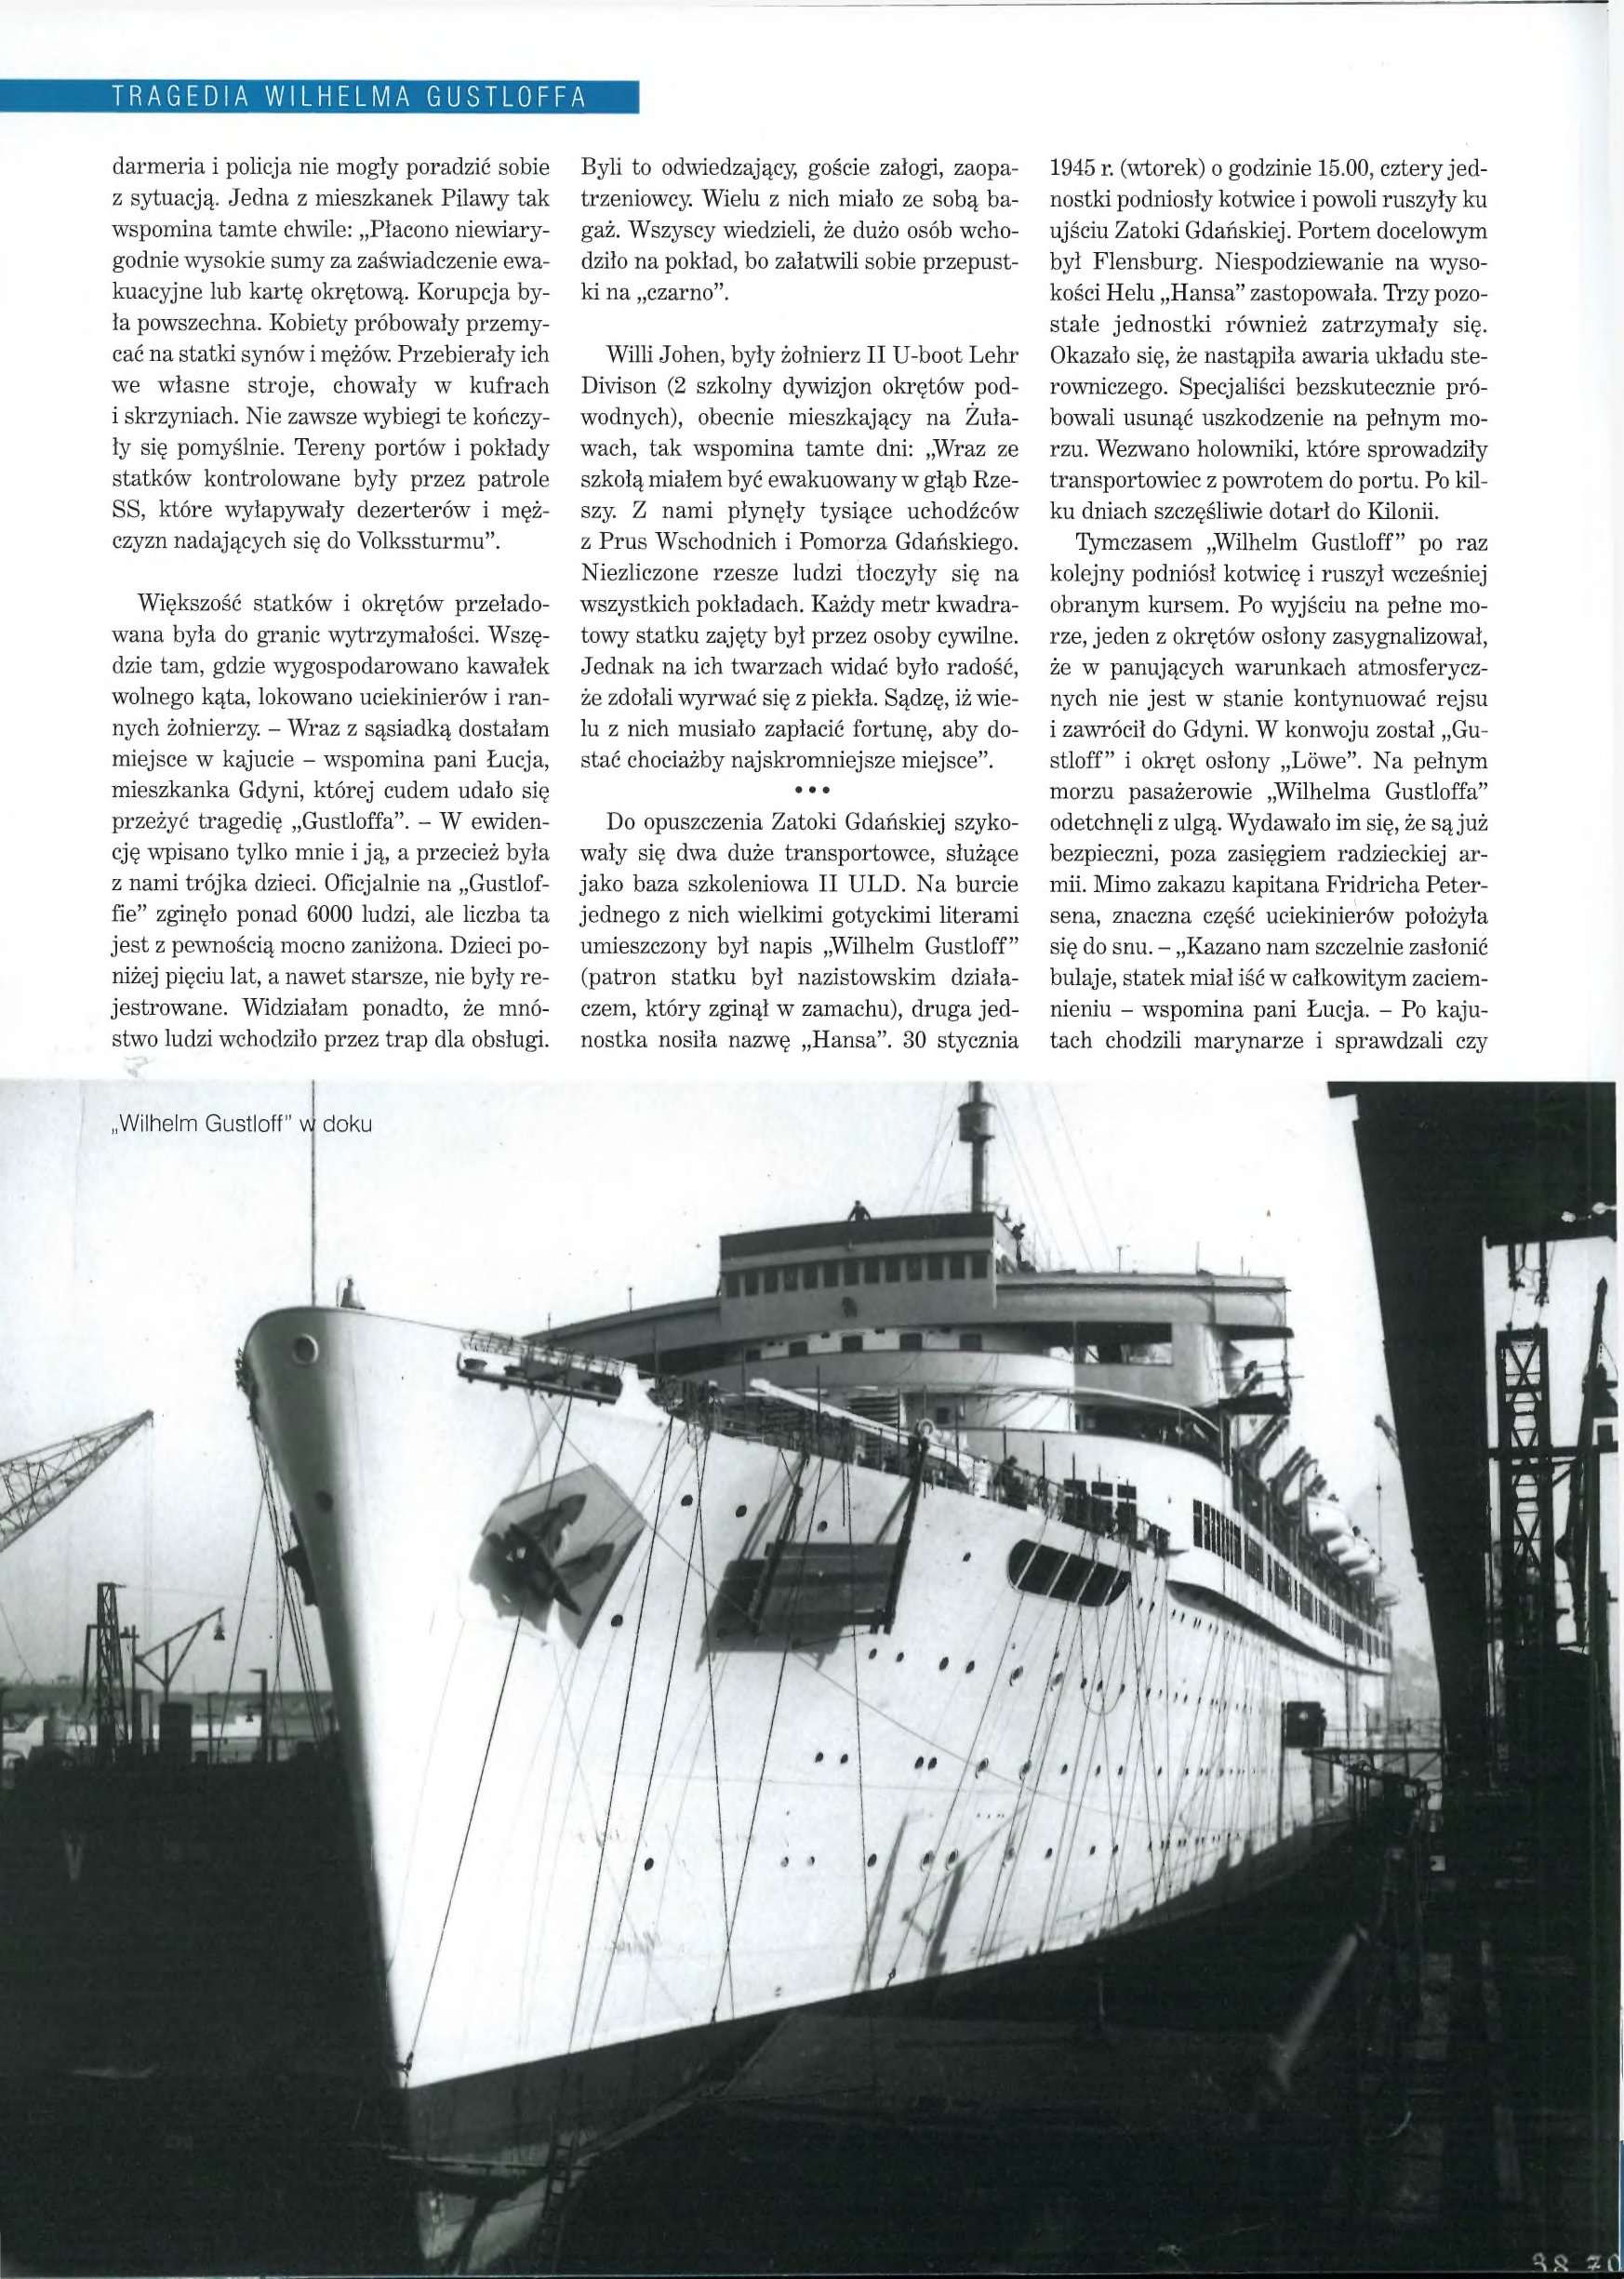
Language: pl